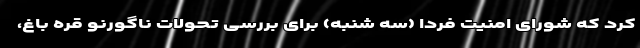
کرد که شورای امنیت فردا (سه شنبه) برای بررسی تحولات ناگورنو قره باغ،